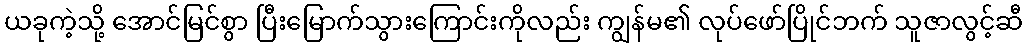
ယခုကဲ့သို့ အောင်မြင်စွာ ပြီးမြောက်သွားကြောင်းကိုလည်း ကျွန်မ၏ လုပ်ဖော်ပြိုင်ဘက် သူဇာလွင့်ဆီ